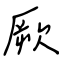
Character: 厥